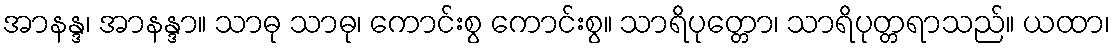
အာနန္ဒ၊ အာနန္ဒာ။ သာဓု သာဓု၊ ကောင်းစွ ကောင်းစွ။ သာရိပုတ္တော၊ သာရိပုတ္တရာသည်။ ယထာ၊